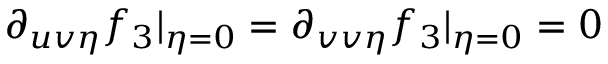
\partial _ { u v \eta } f _ { 3 } \vert _ { \eta = 0 } = \partial _ { v v \eta } f _ { 3 } \vert _ { \eta = 0 } = 0